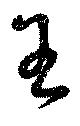
王